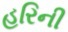
હરિની